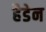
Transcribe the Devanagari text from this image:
हैडेन